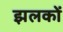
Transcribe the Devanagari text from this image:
झलकों